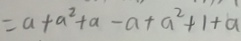
= a + a ^ { 2 } + a - a + a ^ { 2 } + 1 + a